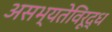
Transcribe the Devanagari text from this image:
असभ्यतेविरूद्ध